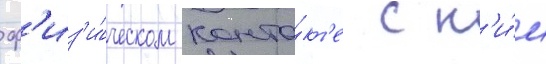
ф'из'и́ческом конта́кт'е с н'и́м